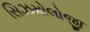
સિઝમોલોજી